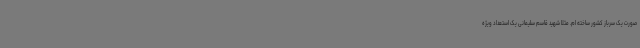
صورت یک سرباز کشور ساخته ام. مثلاً شهید قاسم سلیمانی یک استعداد ویژه